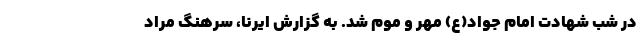
در شب شهادت امام جواد(ع) مهر و موم شد. به گزارش ایرنا، سرهنگ مراد